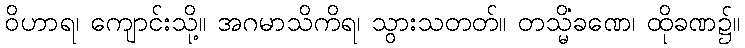
ဝိဟာရ၊ ကျောင်းသို့။ အဂမာသိကိရ၊ သွားသတတ်။ တသ္မိံခဏေ၊ ထိုခဏ၌။